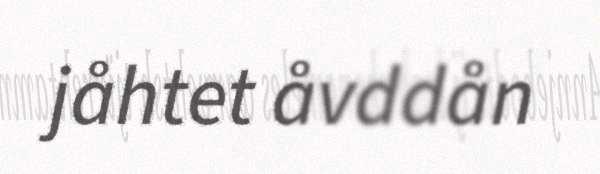
jåhtet åvddån